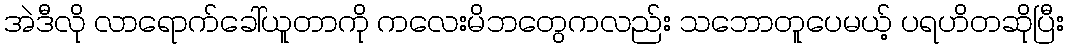
အဲဒီလို လာရောက်ခေါ်ယူတာကို ကလေးမိဘတွေကလည်း သဘောတူပေမယ့် ပရဟိတဆိုပြီး